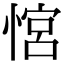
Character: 𢞏